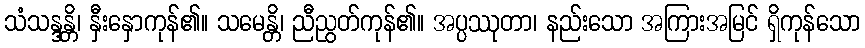
သံသန္ဒန္တိ၊ နှီးနှောကုန်၏။ သမေန္တိ၊ ညီညွတ်ကုန်၏။ အပ္ပဿုတာ၊ နည်းသော အကြားအမြင် ရှိကုန်သော